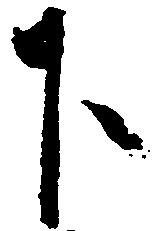
下